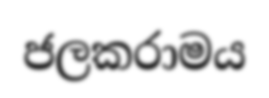
ජලකරාමය